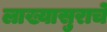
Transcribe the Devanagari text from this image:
लाख्यासुराचे